Annual administration report of the Civil Veterinary Department of India - 1905-1906
Year: 1905
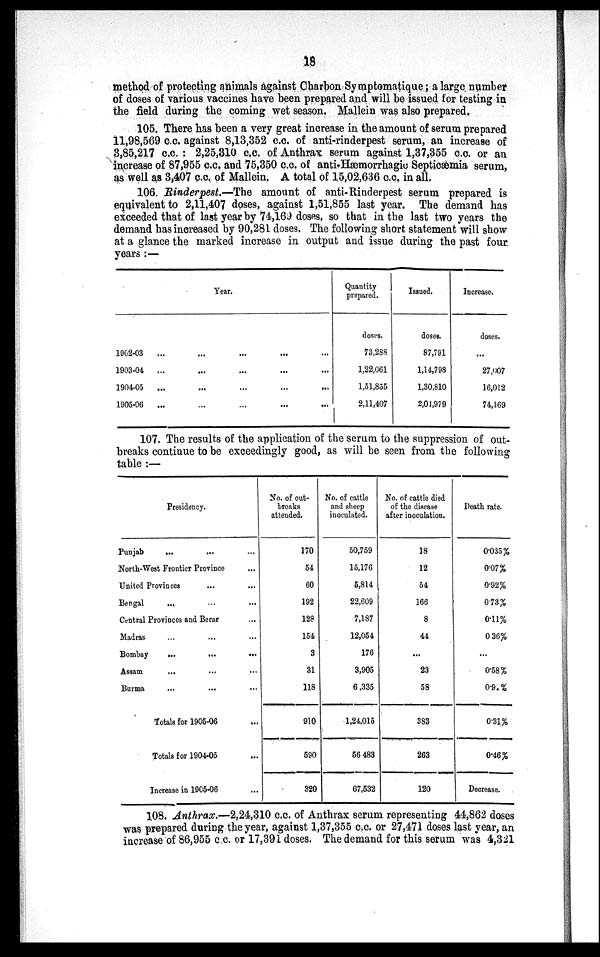
18
method of protecting animals against Charbon Symptomatique; a large number
of doses of various vaccines have been prepared and will be issued for testing in
the field during the coming wet season. Mallein was also prepared.
105. There has been a very great increase in the amount of serum prepared
11,98,569 c.c. against 8,13,352 c.c. of anti-rinderpest serum, an increase of
3,85,217 c.c. : 2,25,310 c.c. of Anthrax serum against 1,37,355 c.c. or an
increase of 87,955 c.c. and 75,350 c.c. of anti-Hæmorrhagic Septicæmia serum,
as well as 3,407 c.c. of Mallein. A total of 15,02,636 c.c. in all.
106. Rinderpest.—The amount of anti-Rinderpest serum prepared is
equivalent to 2,11,407 doses, against 1,51,855 last year. The demand has
exceeded that of last year by 74,169 doses, so that in the last two years the
demand has increased by 90,281 doses. The following short statement will show
at a glance the marked increase in output and issue during the past four
years :—
Year.
1902-03
... ... ... ... ...
1903-04
... ... ... ... ...
1904-05 ... ... ... ... ...
1905-06
... ... ... ... ...
Quantity
prepared.
doses.
73,288
1,22,061
1,51,855
2,11,407
Issued.
doses.
87,791
1,14,798
1,30,810
2,01,979
Increase.
doses.
...
27,007
16,012
74,169
107. The results of the application of the serum to the suppression of out-
breaks continue to be exceedingly good, as will be seen from the following
table :—
Presidency.
Punjab ... ... ...
North-West Frontier Province ...
United Provinces ... ...
Bengal
... ... ...
Central Provinces and Berar ...
Madras ... ... ...
Bombay
...
...
...
Assam ... ... ...
Burma ... ... ...
Totals for 1905-06 ...
Totals for 1904-05 ...
Increase in 1905-06 ...
No. of out-
breaks
attended.
170
54
60
192
128
154
3
31
118
910
590
320
No. of cattle
and sheep
inoculated.
50,759
15,176
5,814
22,609
7,187
12,054
176
3,905
6,335
1,24,015
56,483
67,532
No. of cattle died
of the disease
after inoculation.
18
12
54
166
8
44
...
23
58
383
263
120
Death rate.
0.035%
0.07%
0.92%
0.73%
0.11%
0.36%
...
0.58%
0.91%
0.31%
0.46%
Decrease.
108. Anthrax.—2,24,310 c.c. of Anthrax serum representing 44,862 doses
was prepared during the year, against 1,37,355 c.c. or 27,471 doses last year, an
increase of 86,955 c.c. or 17,391 doses. The demand for this serum was 4,321